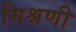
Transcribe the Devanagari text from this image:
मिश्रणी